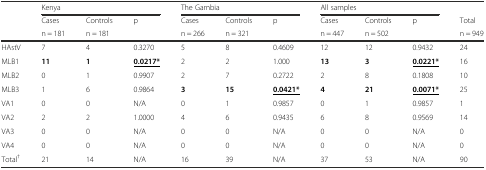
|  | <COLSPAN=3> Kenya | <COLSPAN=3> The Gambia | <COLSPAN=3> All samples |  |
 | <ROWSPAN=2>  | Cases | Controls | p | Cases | Controls | p | Cases | Controls | p | Total |
 | n = 181 | n = 181 |  | n = 266 | n = 321 |  | n = 447 | n = 502 |  | n = 949 |
 | --- | --- | --- | --- | --- | --- | --- | --- | --- | --- | --- |
 | HAstV | 7 | 4 | 0.3270 | 5 | 8 | 0.4609 | 12 | 12 | 0.9432 | 24 |
 | MLB1 | 11 | 1 | <underline>0.0217*</underline> | 2 | 2 | 1.000 | 13 | 3 | <underline>0.0221*</underline> | 16 |
 | MLB2 | 0 | 1 | 0.9907 | 2 | 7 | 0.2722 | 2 | 8 | 0.1808 | 10 |
 | MLB3 | 1 | 6 | 0.9864 | 3 | 15 | <underline>0.0421*</underline> | 4 | 21 | <underline>0.0071*</underline> | 25 |
 | VA1 | 0 | 0 | N/A | 0 | 1 | 0.9857 | 0 | 1 | 0.9857 | 1 |
 | VA2 | 2 | 2 | 1.0000 | 4 | 6 | 0.9435 | 6 | 8 | 0.9569 | 14 |
 | VA3 | 0 | 0 | N/A | 0 | 0 | N/A | 0 | 0 | N/A | 0 |
 | VA4 | 0 | 0 | N/A | 0 | 0 | N/A | 0 | 0 | N/A | 0 |
 | Total† | 21 | 14 | N/A | 16 | 39 | N/A | 37 | 53 | N/A | 90 |